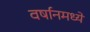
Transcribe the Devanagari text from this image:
वर्षानमध्ये